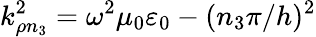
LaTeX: k_{\rho n_{3}}^{2}=\omega^{2}\mu_{0}\varepsilon_{0}-(n_{3}\pi/h)^{2}